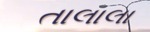
તાલાલા